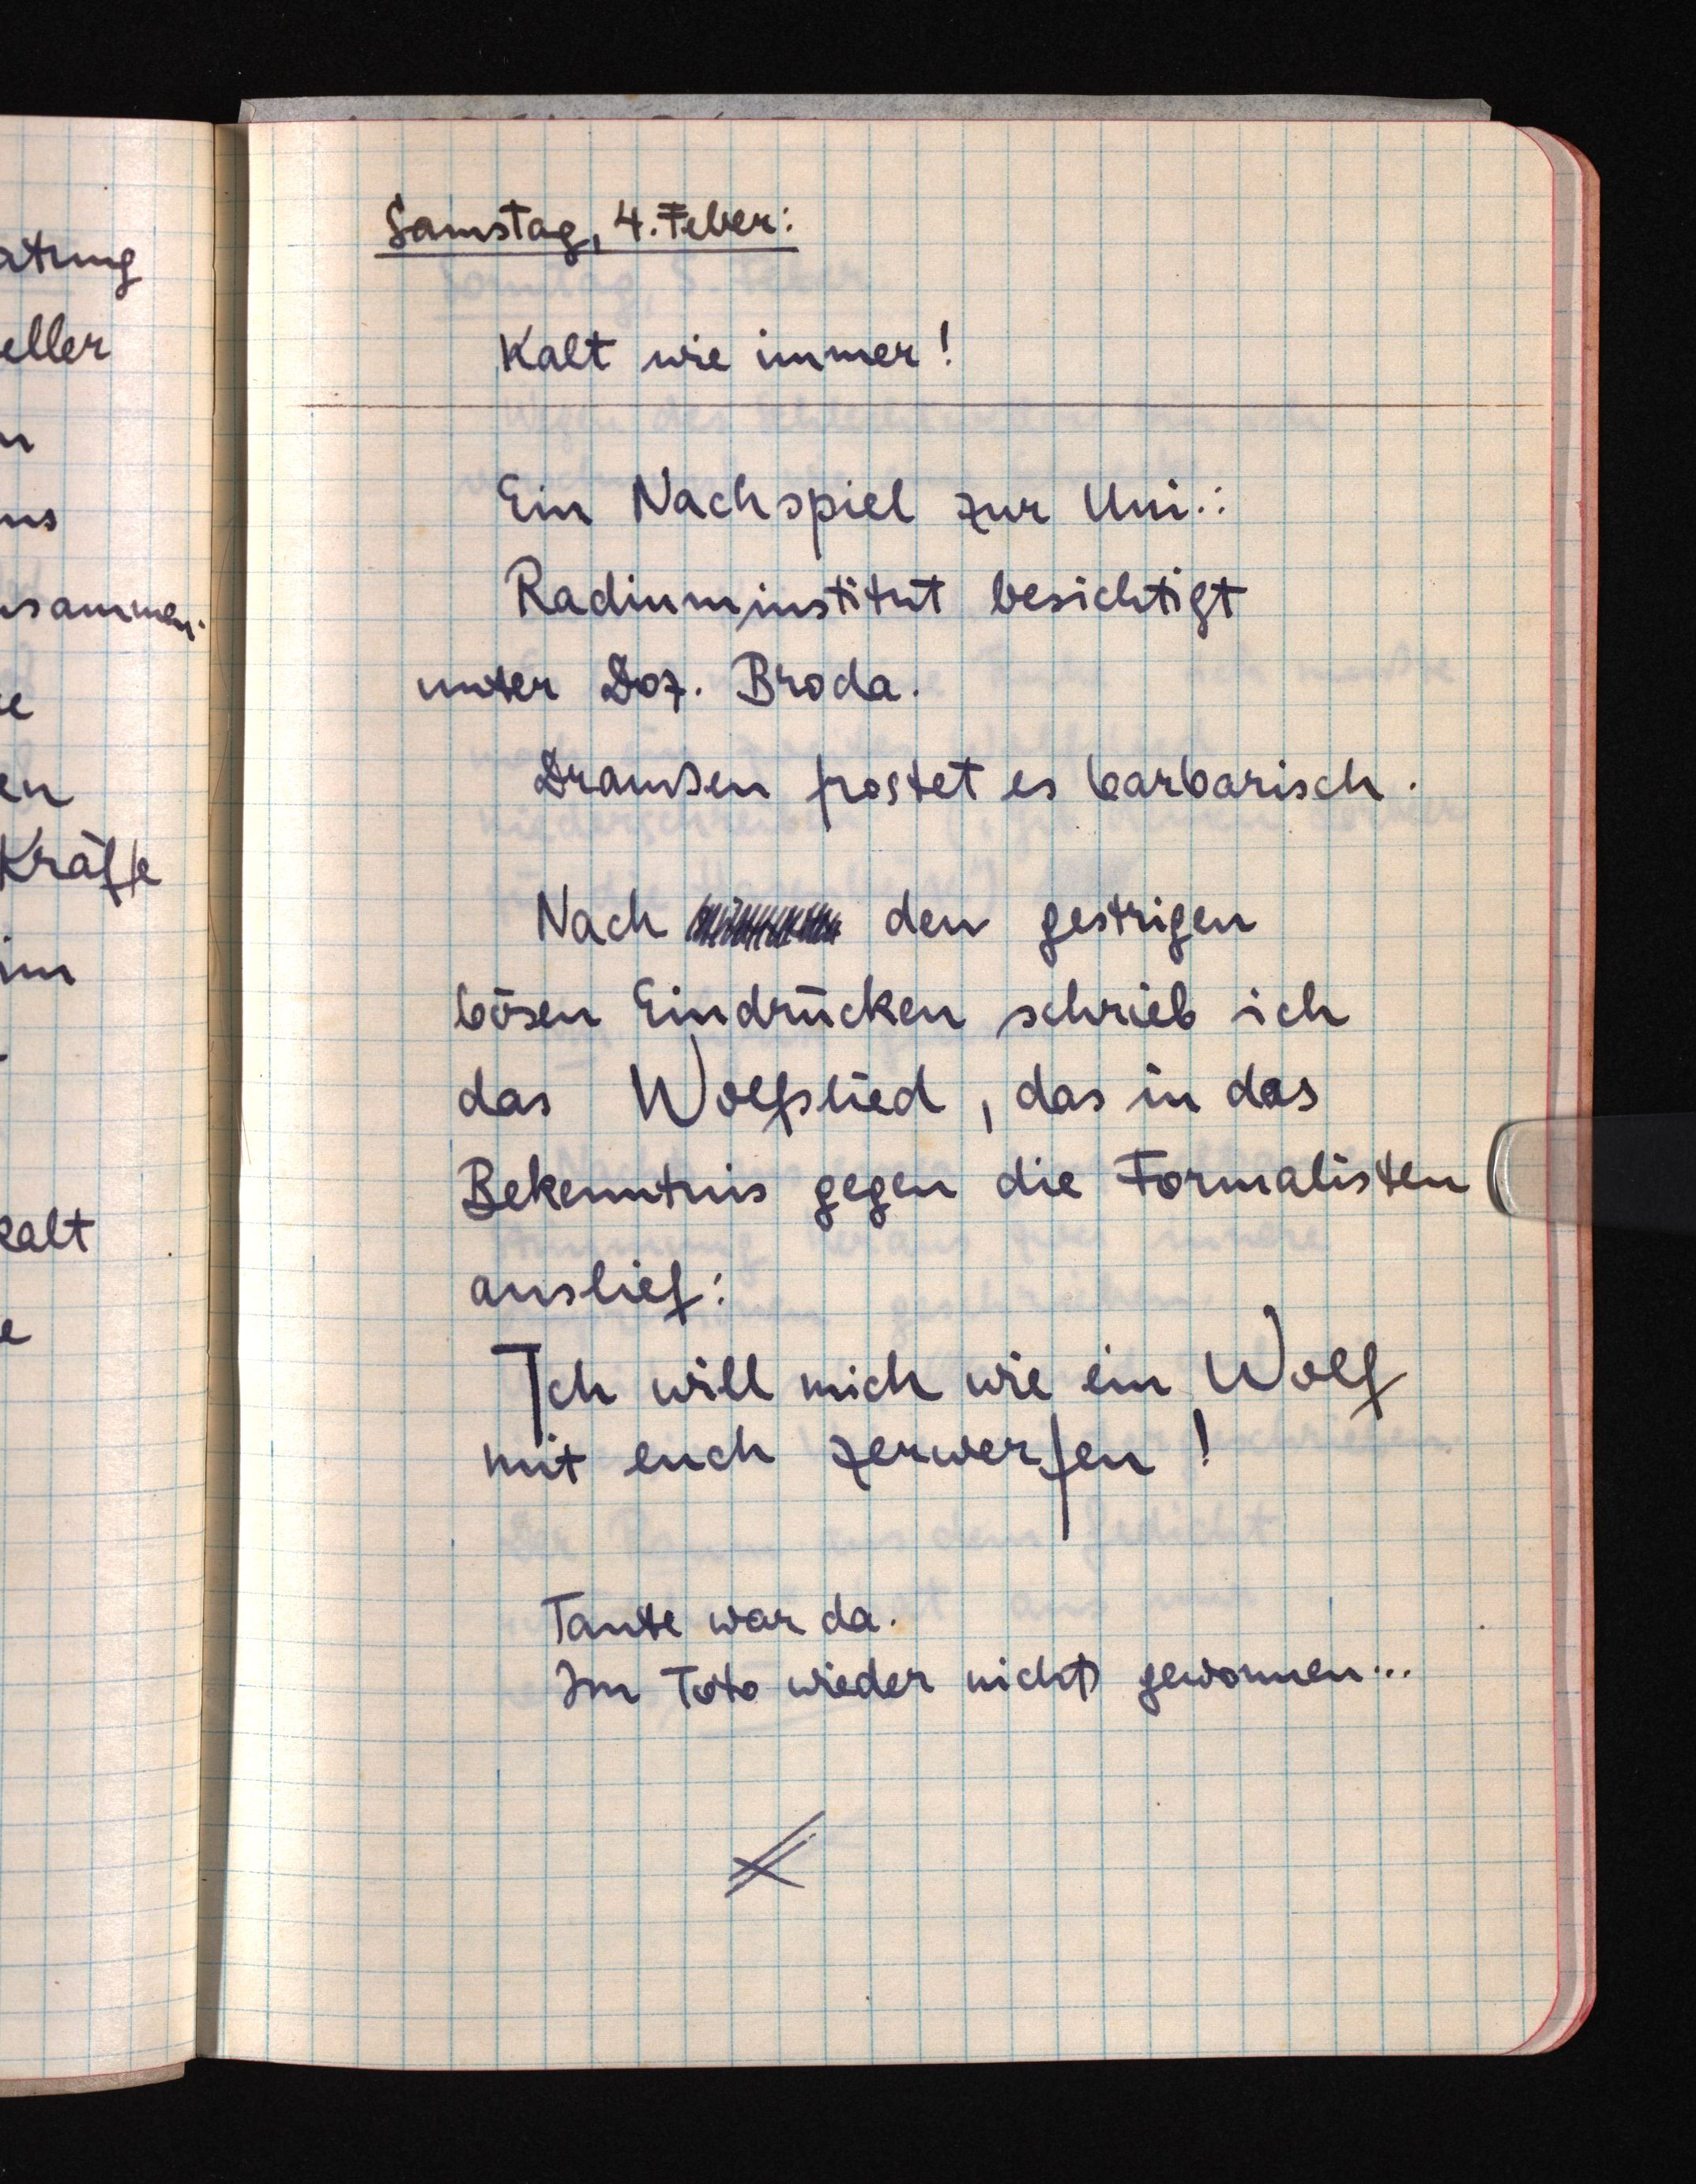
Samstag, 4. Feber:
Kalt wie immer!
Ein Nachspiel zur Uni.:
Radiuminstitut besichtigt
unter Doz. Broda.
Draußen frostet es barbarisch.
Nach einer den gestrigen
bösen Eindrücken schrieb ich
das Wolfslied, das in deas
Bekenntnis gegen die Formalisten
auslief:
Ich will mich wie ein Wolf
mit euch zerwerfen!
Tante war da.
Im Toto wieder nichts gewonnen ..